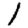
Digit: 1